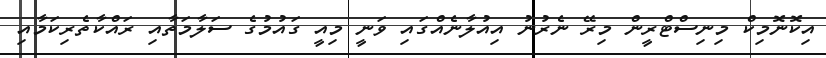
އިކޮނޮމިކް މިނިސްޓްރީން މިރޭ ނެރުނު އިއުލާނެއްގައި ވަނީ މިއީ ގައުމުގެ ސަލާމަތާއި ރައްކާތެރިކަމާއި